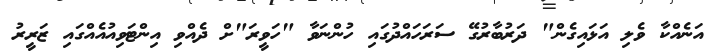
އަނެއްކާ ވެލި އަޅައިގެން" ދަރުބާރުގޭ ސަރަހައްދުގައި ހުންނަވާ "ހަވީރަ"ށް ދެއްވި އިންޓަވިއުއެއްގައި ޒަރީރު